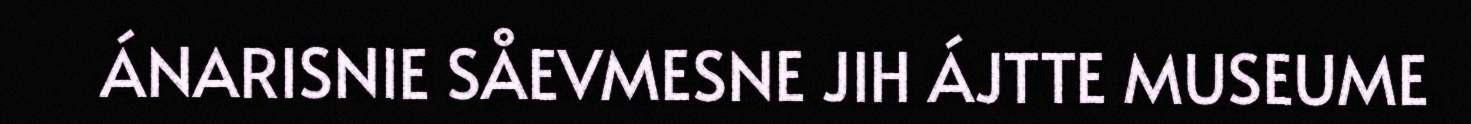
ÁNARISNIE SÅEVMESNE JIH ÁJTTE MUSEUME